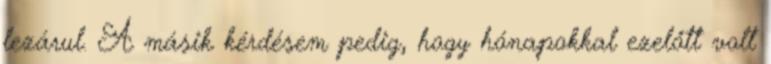
lezárul. A másik kérdésem pedig, hogy hónapokkal ezelőtt volt